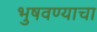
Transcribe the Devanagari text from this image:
भुषवण्याचा